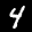
Label: 4